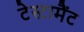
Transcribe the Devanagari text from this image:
टेस्टामैंट